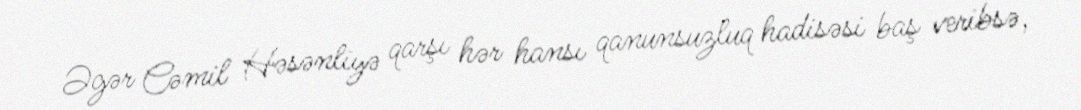
Əgər Cəmil Həsənliyə qarşı hər hansı qanunsuzluq hadisəsi baş veribsə,